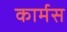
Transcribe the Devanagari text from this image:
कार्मस